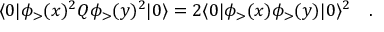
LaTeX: \langle 0 | \phi _ { > } ( x ) ^ { 2 } Q \phi _ { > } ( y ) ^ { 2 } | 0 \rangle = 2 \langle 0 | \phi _ { > } ( x ) \phi _ { > } ( y ) | 0 \rangle ^ { 2 } \quad .